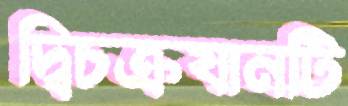
দ্বিচক্রযানটি